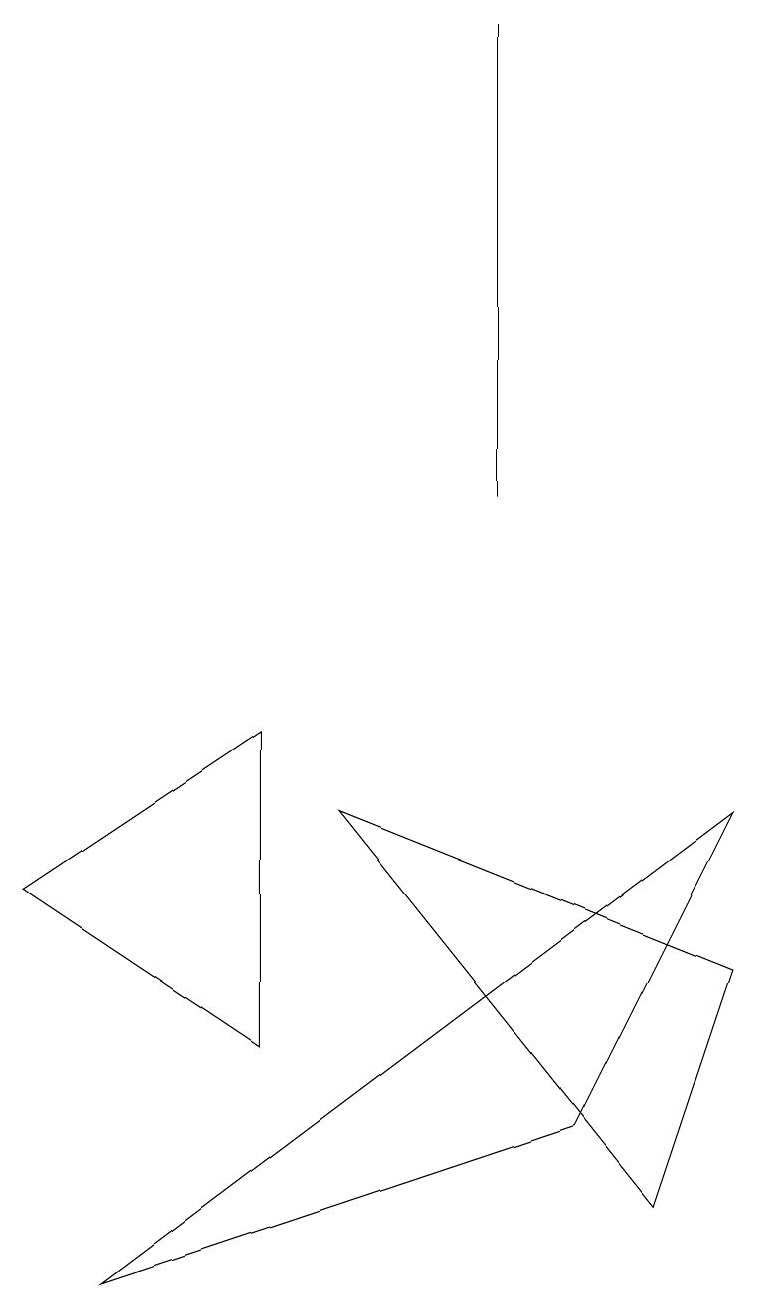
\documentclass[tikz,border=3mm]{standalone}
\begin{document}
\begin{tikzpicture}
\draw (8,1) -- (9,4) -- (4,6) -- cycle;
\draw (0,5) -- (3,7) -- (3,3) -- cycle;
\draw (6,16) rectangle (6,10);
\draw (9,6) -- (7,2) -- (1,0) -- cycle;
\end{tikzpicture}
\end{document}